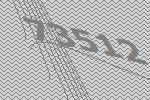
73512